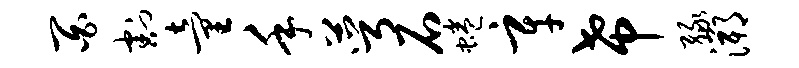
百割童手萼石蜷辛希绿溯